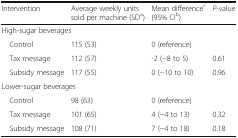
| Intervention | Average weekly units sold per machine (SDa) | Mean differencec (95% CIb) | P-value |
 | --- | --- | --- | --- |
 | <COLSPAN=4> High-sugar beverages |
 | Control | 115 (53) | 0 (reference) |  |
 | Tax message | 112 (57) | -2 (−8 to 5) | 0.61 |
 | Subsidy message | 117 (55) | 0 (−10 to 10) | 0.96 |
 | <COLSPAN=4> Lower-sugar beverages |
 | Control | 98 (63) | 0 (reference) |  |
 | Tax message | 101 (65) | 4 (−4 to 13) | 0.32 |
 | Subsidy message | 108 (71) | 7 (−4 to 18) | 0.18 |